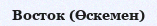
Восток (Өскемен)